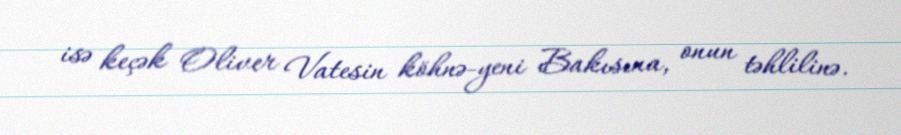
isə keçək Oliver Vatesin köhnə-yeni Bakısına, onun təhlilinə.